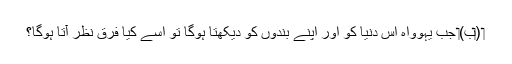
‏ (‏ب)‏ جب یہوواہ اِس دُنیا کو اور اپنے بندوں کو دیکھتا ہوگا تو اُسے کیا فرق نظر آتا ہوگا؟